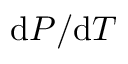
\mathrm { d } P / \mathrm { d } T